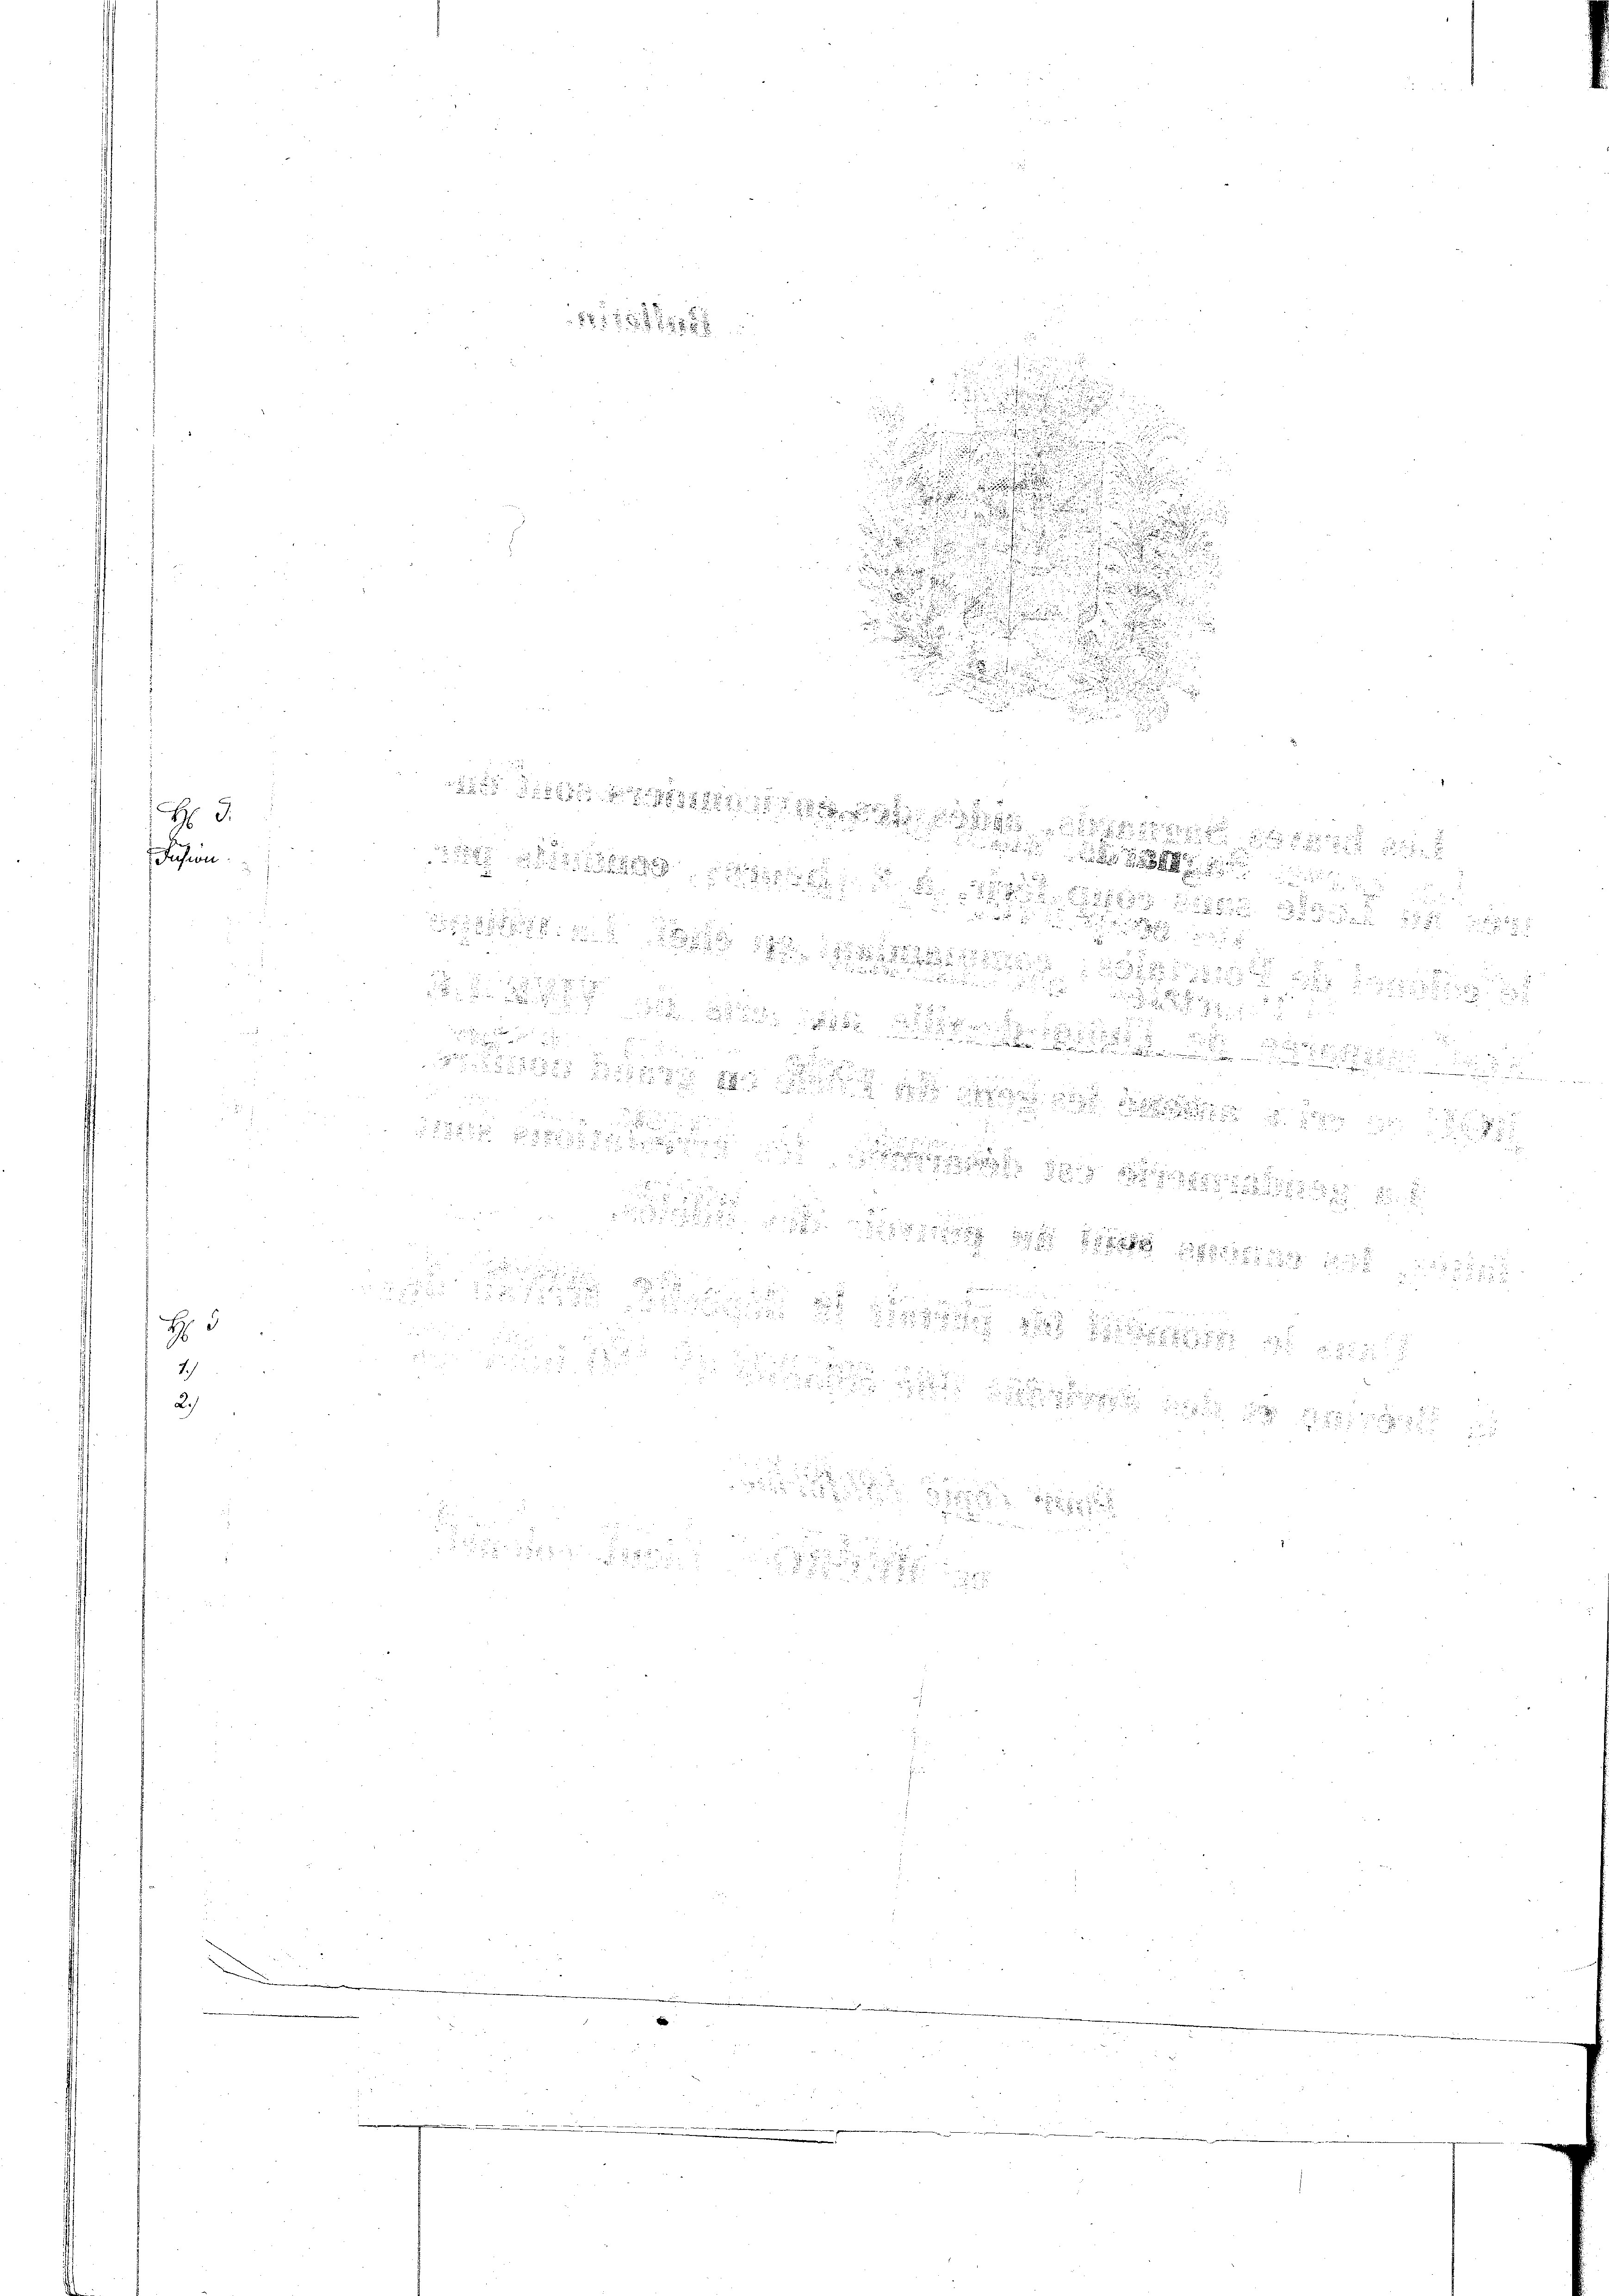
H: Dr.
Jusion

H
7)

.
.

e
.

d

e
.

u

.

.

.
u

d

d

2

t    15
252

2
8
 es ist d

d. 8. d

s

d

e

 ich in die der
 . . .

a das

u

.

 82

x
d

1818

32
e des